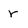
Character: r